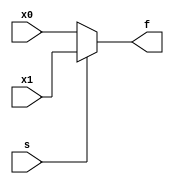
module mux2x1 #(parameter n = 32) 
               (input [n-1:0] x0 , x1 , input s , output [n-1:0] f);
    assign f = (s)? x1 : x0 ;
endmodule